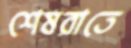
শেষরাতে